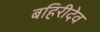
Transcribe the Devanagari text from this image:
बहिरीदेव